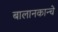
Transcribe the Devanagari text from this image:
बालानकान्चे